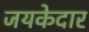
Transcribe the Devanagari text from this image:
जयकेदार